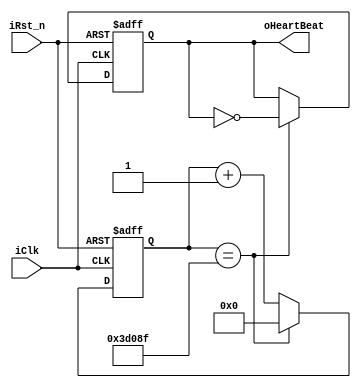
module HeartBeat # 
(
	parameter DIV = 249999	// based on a 2MHz clock, this value would deliver a 250ms periodic signal
)
(
	input iClk,	//2MHz
	input iRst_n,
	output reg oHeartBeat
	/*----------------------------------------------
	output at DIV * clk_period secs (based on 2MHz)
	clock frequency => 250M * 0.5nsec = 125msec
	----------------------------------------------*/
);

localparam CNT_SIZE = clog2(DIV);
//-------------------------------------------------
function integer clog2;
	input integer value;
	begin
		value = value - 1;
		for(clog2 = 0; value > 0; clog2 = clog2 + 1)
			value = value >> 1;
	end
endfunction


//-------------------------------------------------
reg [CNT_SIZE - 1 : 0] rCnt;	//count for the divider
always@(posedge iClk, negedge iRst_n)
begin
	if(!iRst_n) begin
		oHeartBeat <= 1'b0;
		rCnt <= 0;
	end // end if
	else begin
		if(rCnt == DIV) begin
			oHeartBeat <= ~oHeartBeat;
			rCnt <= 0;
		end // end if
		else begin
			oHeartBeat <= oHeartBeat;
			rCnt <= rCnt + 1'b1;
		end //end else
	end // end else
	
end // end always@


endmodule